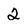
Character: 2